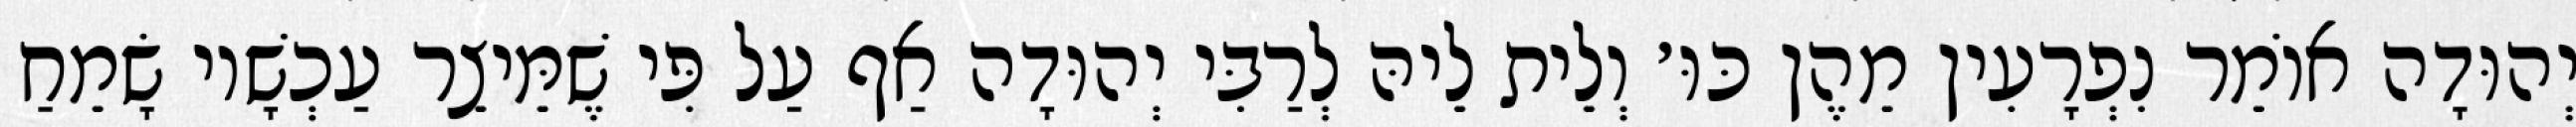
יְהוּדָה אוֹמֵר נִפְרָעִין מֵהֶן כּוּ׳ וְלֵית לֵיהּ לְרַבִּי יְהוּדָה אַף עַל פִּי שֶׁמֵּיצֵר עַכְשָׁיו שָׂמֵחַ